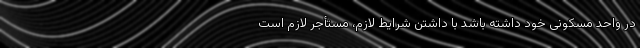
در واحد مسکونی خود داشته باشد با داشتن شرایط لازم، مستأجر لازم است